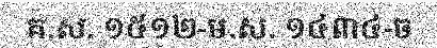
គ.ស. ១៥១២-ម.ស. ១៤៣៤-ច